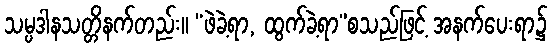
သမ္ပဒါနသတ္တိနက်တည်း။ “ဖဲခဲ့ရာ, ထွက်ခဲ့ရာ”စသည်ဖြင့် အနက်ပေးရာ၌